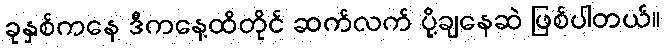
ခုနှစ်ကနေ ဒီကနေ့ထိတိုင် ဆက်လက် ပို့ချနေဆဲ ဖြစ်ပါတယ်။